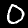
Label: 0